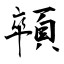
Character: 顇